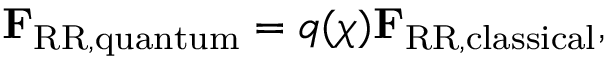
\mathbf { F } _ { \mathrm { R R , q u a n t u m } } = q ( \chi ) \mathbf { F } _ { \mathrm { R R , c l a s s i c a l } } ,